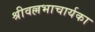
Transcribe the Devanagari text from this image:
श्रीवल्लभाचार्यका